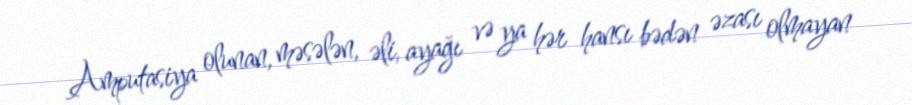
Amputasiya olunan, məsələn, əli, ayağı və ya hər hansı bədən əzası olmayan